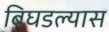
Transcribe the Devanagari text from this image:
बिघडल्यास